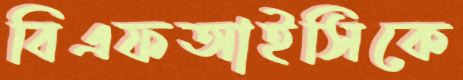
বিএফআইসিকে